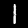
Digit: 1